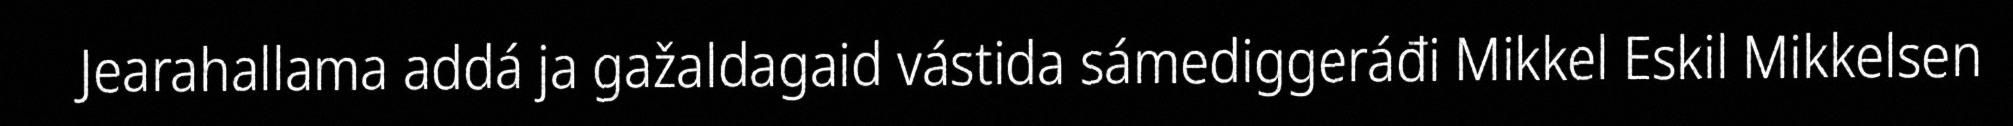
Jearahallama addá ja gažaldagaid vástida sámediggeráđi Mikkel Eskil Mikkelsen